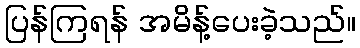
ပြန်ကြရန် အမိန့်ပေးခဲ့သည်။